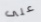
على